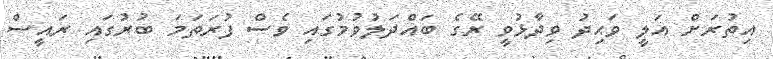
އިތުރަށް އަލީ ވަޙިދު ވިދާޅުވީ ރޭގެ ބައްދަލުވުމުގައި ވެސް ފުރަތަމަ ބުރުގައި ރައީސް